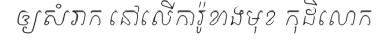
ឲ្យសំរាក នៅលើការ៉ូខាងមុខ កុដិលោក